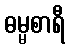
ဓမ္မစာရီ